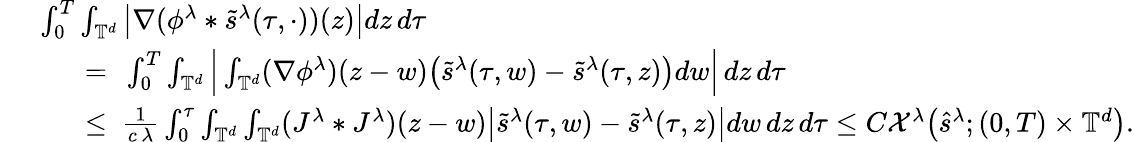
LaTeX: \begin{array}{rl}&{\ \int_{0}^{T}\int_{\mathbb{T}^{d}}\big|\nabla(\phi^{\lambda}*\tilde{s}^{\lambda}(\tau,\cdot))(z)\big|dz\, d\tau}\\ &{\quad\quad=\ \int_{0}^{T}\int_{\mathbb{T}^{d}}\Big|\int_{\mathbb{T}^{d}}(\nabla\phi^{\lambda})(z-w)\big(\tilde{s}^{\lambda}(\tau,w)-\tilde{s}^{\lambda}(\tau,z)\big)dw\Big|\, dz\, d\tau}\\ &{\quad\quad\leq\ \frac{1}{c\, \lambda}\int_{0}^{\tau}\int_{\mathbb{T}^{d}}\int_{\mathbb{T}^{d}}(J^{\lambda}*J^{\lambda})(z-w)\big|\tilde{s}^{\lambda}(\tau,w)-\tilde{s}^{\lambda}(\tau,z)\big|dw\, dz\, d\tau\leq C\mathcal{X}^{\lambda}\big(\hat{s}^{\lambda};{(0,T)\times\mathbb{T}^{d}}\big).}\end{array}